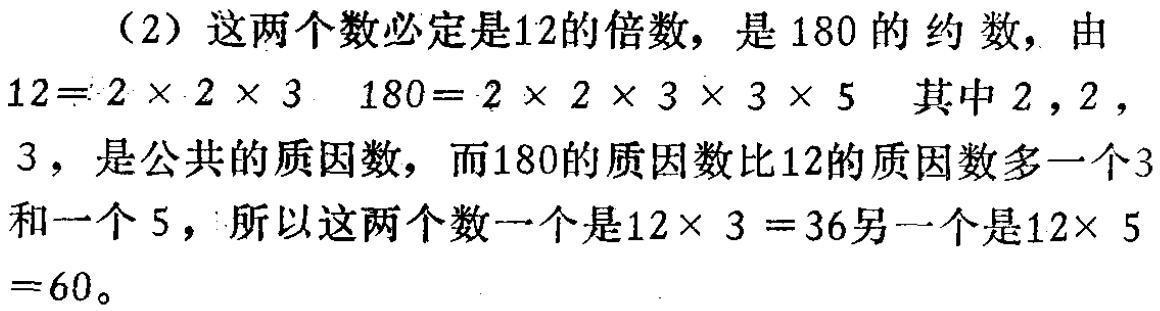
（2）这两个数必定是12的倍数，是180的约数，由

\(12 = 2\times 2\times 3\) \(180 = 2\times 2\times 3\times 3\times 5\) 其中\(2\)，\(2\)，

\(3\)，是公共的质因数，而180的质因数比12的质因数多一个\(3\)

和一个\(5\)，所以这两个数一个是\(12\times 3 = 36\)另一个是\(12\times 5\)

\( = 60\)。